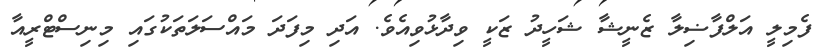
ފެމިލީ އަލްފާޟިލާ ޒެނީޝާ ޝަހީދު ޒަކީ ވިދާޅުވިއެވެ. އަދި މިފަދަ މައްސަލަތަކުގައި މިނިސްޓްރީއާ